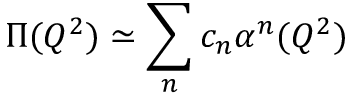
\Pi ( Q ^ { 2 } ) \simeq \sum _ { n } c _ { n } \alpha ^ { n } ( Q ^ { 2 } )